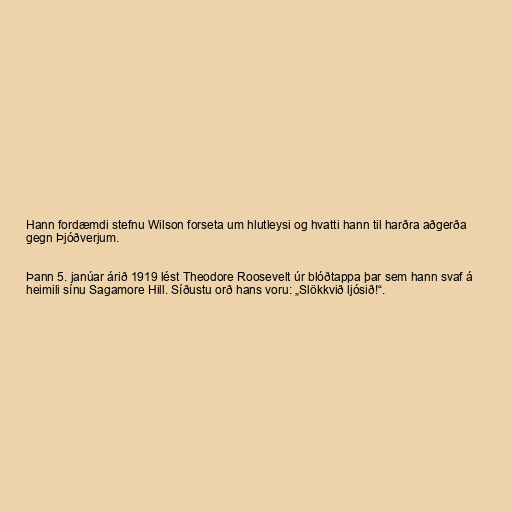
Hann fordæmdi stefnu Wilson forseta um hlutleysi og hvatti hann til harðra aðgerða
gegn Þjóðverjum.

Þann 5. janúar árið 1919 lést Theodore Roosevelt úr blóðtappa þar sem hann svaf á
heimili sínu Sagamore Hill. Síðustu orð hans voru: „Slökkvið ljósið!“.